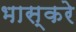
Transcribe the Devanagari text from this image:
भास्करे